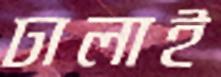
ঢালাই